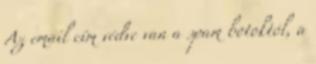
Az email cím védve van a spam botoktól, a